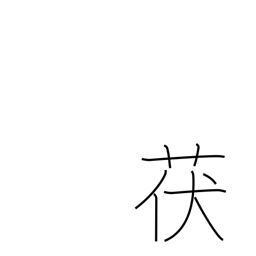
Meaning: type of mushroom